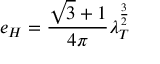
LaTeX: e _ { H } = \frac { \sqrt { 3 } + 1 } { 4 \pi } \lambda _ { T } ^ { \frac { 3 } { 2 } }